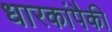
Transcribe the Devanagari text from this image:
धारकांपैकी